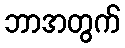
ဘာအတွက်